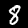
Digit: 8